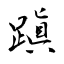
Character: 蹎